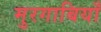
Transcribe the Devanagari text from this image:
मुरगाबियाँ